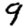
Digit: 9